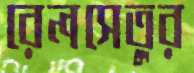
রেলসেতুর